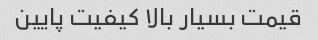
قیمت بسیار بالا کیفیت پایین